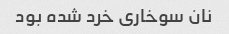
نان سوخاری خرد شده بود